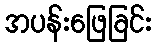
အပန်းဖြေခြင်း